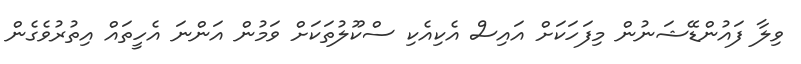
ވިލާ ފައުންޑޭޝަނުން މިފަހަކަށް އައިސް އެކިއެކި ސްކޫލުތަކަށް ވަމުން އަންނަ އެހީތައް އިތުރުވެގެން